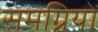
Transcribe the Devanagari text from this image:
समग्रियों